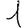
Digit: 1